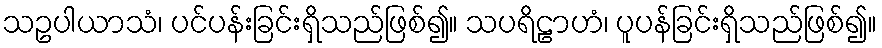
သဥပါယာသံ၊ ပင်ပန်းခြင်းရှိသည်ဖြစ်၍။ သပရိဠာဟံ၊ ပူပန်ခြင်းရှိသည်ဖြစ်၍။